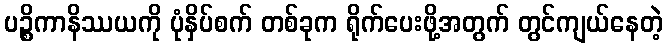
ပဉ္စိကာနိဿယကို ပုံနှိပ်စက် တစ်ခုက ရိုက်ပေးဖို့အတွက် တွင်ကျယ်နေတဲ့